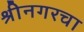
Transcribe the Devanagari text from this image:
श्रीनगरचा